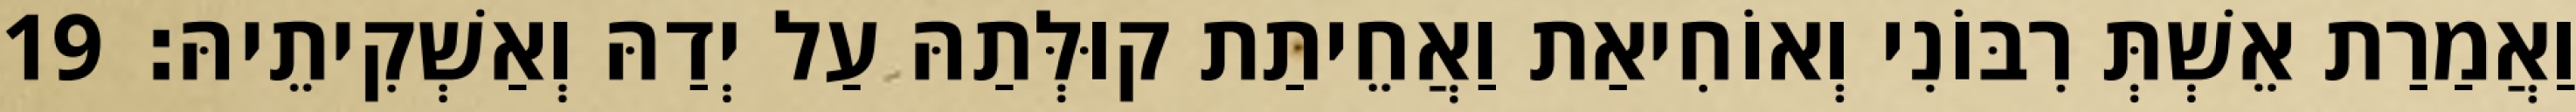
וַאֲמַרַת אֵשְׁתְּ רִבּוֹנִי וְאוֹחִיאַת וַאֲחֵיתַת קוּלְּתַהּ עַל יְדַהּ וְאַשְׁקִיתֵיהּ׃ 19